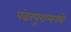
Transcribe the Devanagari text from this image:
पंढरपुरामध्ये